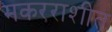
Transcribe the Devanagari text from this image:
मकरराशीत